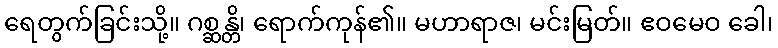
ရေတွက်ခြင်းသို့။ ဂစ္ဆန္တိ၊ ရောက်ကုန်၏။ မဟာရာဇ၊ မင်းမြတ်။ ဧဝမေဝ ခေါ၊